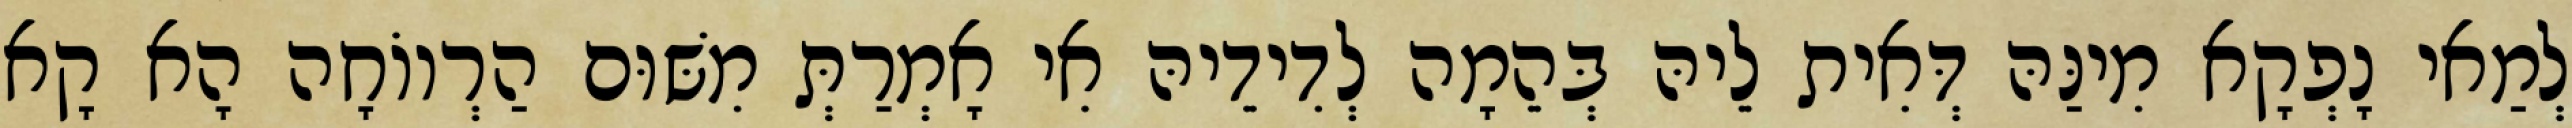
לְמַאי נָפְקָא מִינַּהּ דְּאִית לֵיהּ בְּהֵמָה לְדִידֵיהּ אִי אָמְרַתְּ מִשּׁוּם הַרְווֹחָה הָא קָא